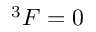
^ 3 F = 0